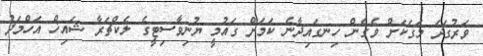
ވަރުގަދަ މަގަކަށް ވެގެން ހިނގައިދާނެ ކަމަށް ގައުމީ ޔުނިވާސިޓީގެ ލެކްޗަރާ ޝައިޚް އަހްމަދު